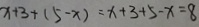
x + 3 + ( 5 - x ) = x + 3 + 5 - x = 8